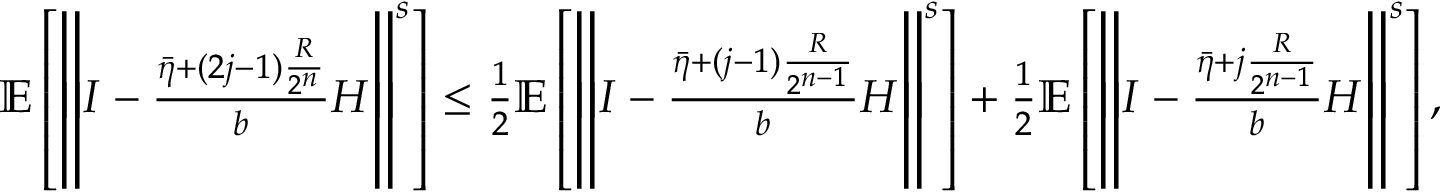
\begin{array} { r } { \mathbb { E } \left[ \left\Vert I - \frac { \bar { \eta } + ( 2 j - 1 ) \frac { R } { 2 ^ { n } } } { b } H \right\Vert ^ { s } \right] \leq \frac { 1 } { 2 } \mathbb { E } \left[ \left\Vert I - \frac { \bar { \eta } + ( j - 1 ) \frac { R } { 2 ^ { n - 1 } } } { b } H \right\Vert ^ { s } \right] + \frac { 1 } { 2 } \mathbb { E } \left[ \left\Vert I - \frac { \bar { \eta } + j \frac { R } { 2 ^ { n - 1 } } } { b } H \right\Vert ^ { s } \right] , } \end{array}